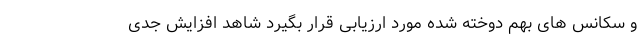
و سکانس های بهم دوخته شده مورد ارزیابی قرار بگیرد شاهد افزایش جدی